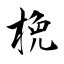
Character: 梚